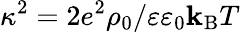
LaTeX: \kappa^{2}=2e^{2}\rho_{0}/\varepsilon\varepsilon_{0}\mathbf{k}_{\mathrm{{B}}}T